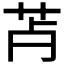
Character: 𦬿